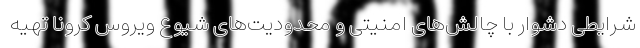
شرایطی دشوار با چالش‌های امنیتی و محدودیت‌های شیوع ویروس کرونا تهیه